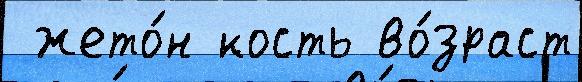
 жето́н кость во́зраст